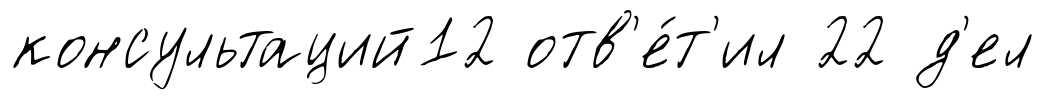
консультаций12 отв'е́т'ил 22 д'ел